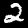
Label: 2